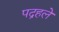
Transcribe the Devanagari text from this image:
पद्रहले